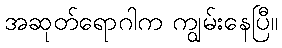
အဆုတ်ရောဂါက ကျွမ်းနေပြီ။